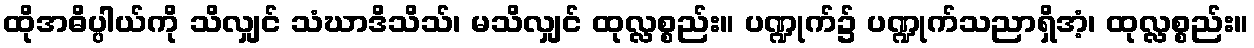
ထိုအဓိပ္ပါယ်ကို သိလျှင် သံဃာဒိသိသ်၊ မသိလျှင် ထုလ္လစ္စည်း။ ပဏ္ဍုက်၌ ပဏ္ဍုက်သညာရှိအံ့၊ ထုလ္လစ္စည်း။